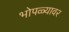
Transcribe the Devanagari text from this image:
भोपळ्यावर